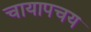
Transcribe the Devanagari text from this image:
चायापचय